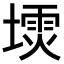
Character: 𪤙